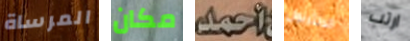
المرساة مكان أحمد الانتربول ارتب